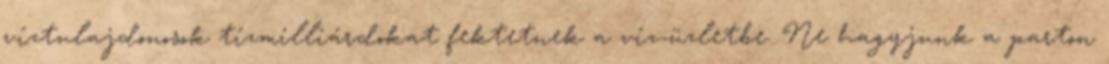
víztulajdonosok tízmilliárdokat fektetnek a víz-üzletbe. Ne hagyjunk a parton